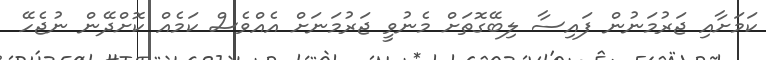
ކަމަށާއި ޖަރުމަނުން ފައިސާ ލިބޭގޮތަށް މެނުވީ ޖަރުމަނަށް އެއްވެސް ކަމެއް ކޮށްދޭން ނުޖެހޭ